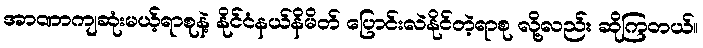
အာဏာကျဆုံးမယ့်ရာစုနဲ့ နိုင်ငံနယ်နိမိတ် ပြောင်းလဲနိုင်တဲ့ရာစု လို့လည်း ဆိုကြတယ်။